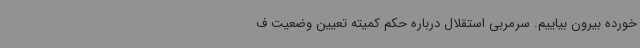
خورده بیرون بیاییم. سرمربی استقلال درباره حکم کمیته تعیین وضعیت ف